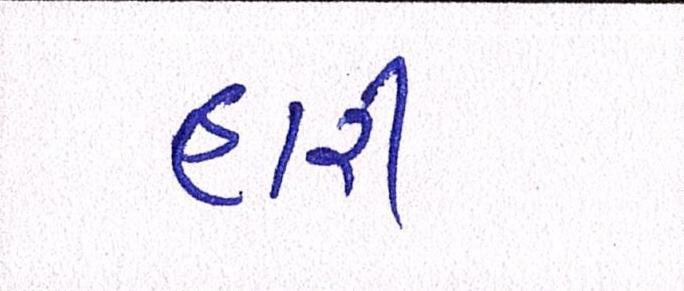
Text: હારી